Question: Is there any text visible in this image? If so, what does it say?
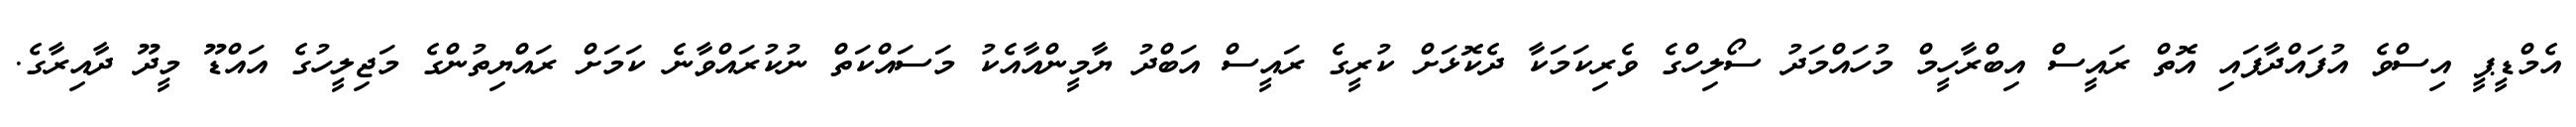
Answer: އެމްޑީޕީ އިސްވެ އުފައްދާފައި އޮތް ރައީސް އިބްރާހީމް މުހައްމަދު ސޯލިހްގެ ވެރިކަމަކާ ދެކޮޅަށް ކުރީގެ ރައީސް އަބްދު ޔާމީންއާއެކު މަސައްކަތް ނުކުރައްވާނެ ކަމަށް ރައްޔިތުންގެ މަޖިލީހުގެ އައްޑޫ މީދޫ ދާއިރާގެ.